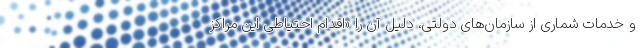
و خدمات شماری از سازمان‌های دولتی، دلیل آن را «اقدام احتیاطی این مراکز